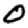
Digit: 0